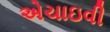
એચાઇવી